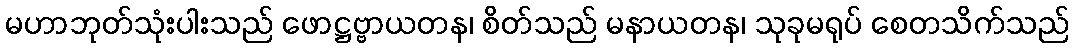
မဟာဘုတ်သုံးပါးသည် ဖောဋ္ဌဗ္ဗာယတန၊ စိတ်သည် မနာယတန၊ သုခုမရုပ် စေတသိက်သည်